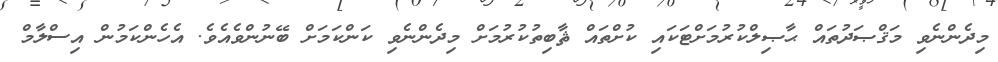
މިދެންނެވި މަޤްޞަދުތައް ޙާޞިލްކުރުމަށްޓަކައި ކުށްތައް ޘާބިތުކުރުމަށް މިދެންނެވި ކަންކަމަށް ބޭނުންވެއެވެ. އެހެންކަމުން އިސްލާމް